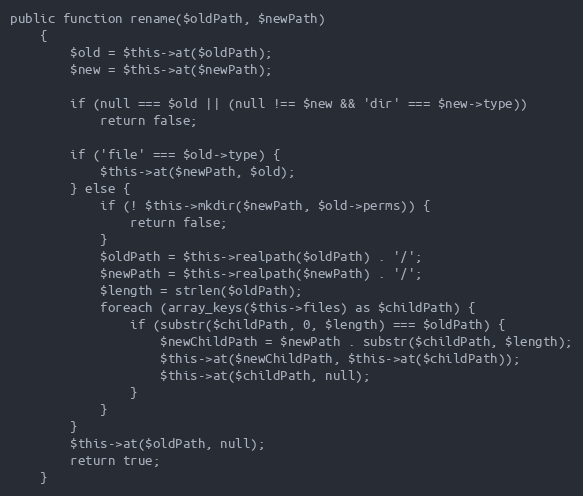
Language: PHP
public function rename($oldPath, $newPath)
    {
        $old = $this->at($oldPath);
        $new = $this->at($newPath);

        if (null === $old || (null !== $new && 'dir' === $new->type))
            return false;

        if ('file' === $old->type) {
            $this->at($newPath, $old);
        } else {
            if (! $this->mkdir($newPath, $old->perms)) {
                return false;
            }
            $oldPath = $this->realpath($oldPath) . '/';
            $newPath = $this->realpath($newPath) . '/';
            $length = strlen($oldPath);
            foreach (array_keys($this->files) as $childPath) {
                if (substr($childPath, 0, $length) === $oldPath) {
                    $newChildPath = $newPath . substr($childPath, $length);
                    $this->at($newChildPath, $this->at($childPath));
                    $this->at($childPath, null);
                }
            }
        }
        $this->at($oldPath, null);
        return true;
    }